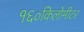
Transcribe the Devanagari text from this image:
१६०किलोमीटर